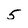
Character: 5